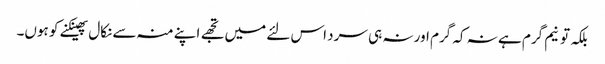
بلکہ تو نیم گرم ہے نہ کہ گرم اور نہ ہی سرد اس لئے میں تجھے اپنے منہ سے نکال پھینکنے کو ہوں۔